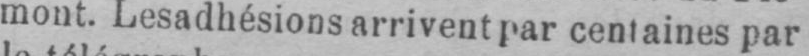
mont. Les adhésions arrivent par centaines par